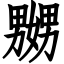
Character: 嬲